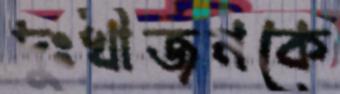
দুঃখীজনকে